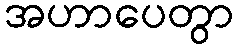
အဟာပေတွာ